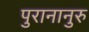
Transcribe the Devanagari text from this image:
पुरानानुरु